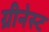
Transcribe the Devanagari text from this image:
ग्रीनेस्ट